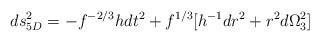
LaTeX: \begin{align*}ds_{5D}^2 = - f^{-2/3} h dt^2 + f^{1/3} [ h^{-1} dr^2 + r^2 d \Omega_3^2]\end{align*}